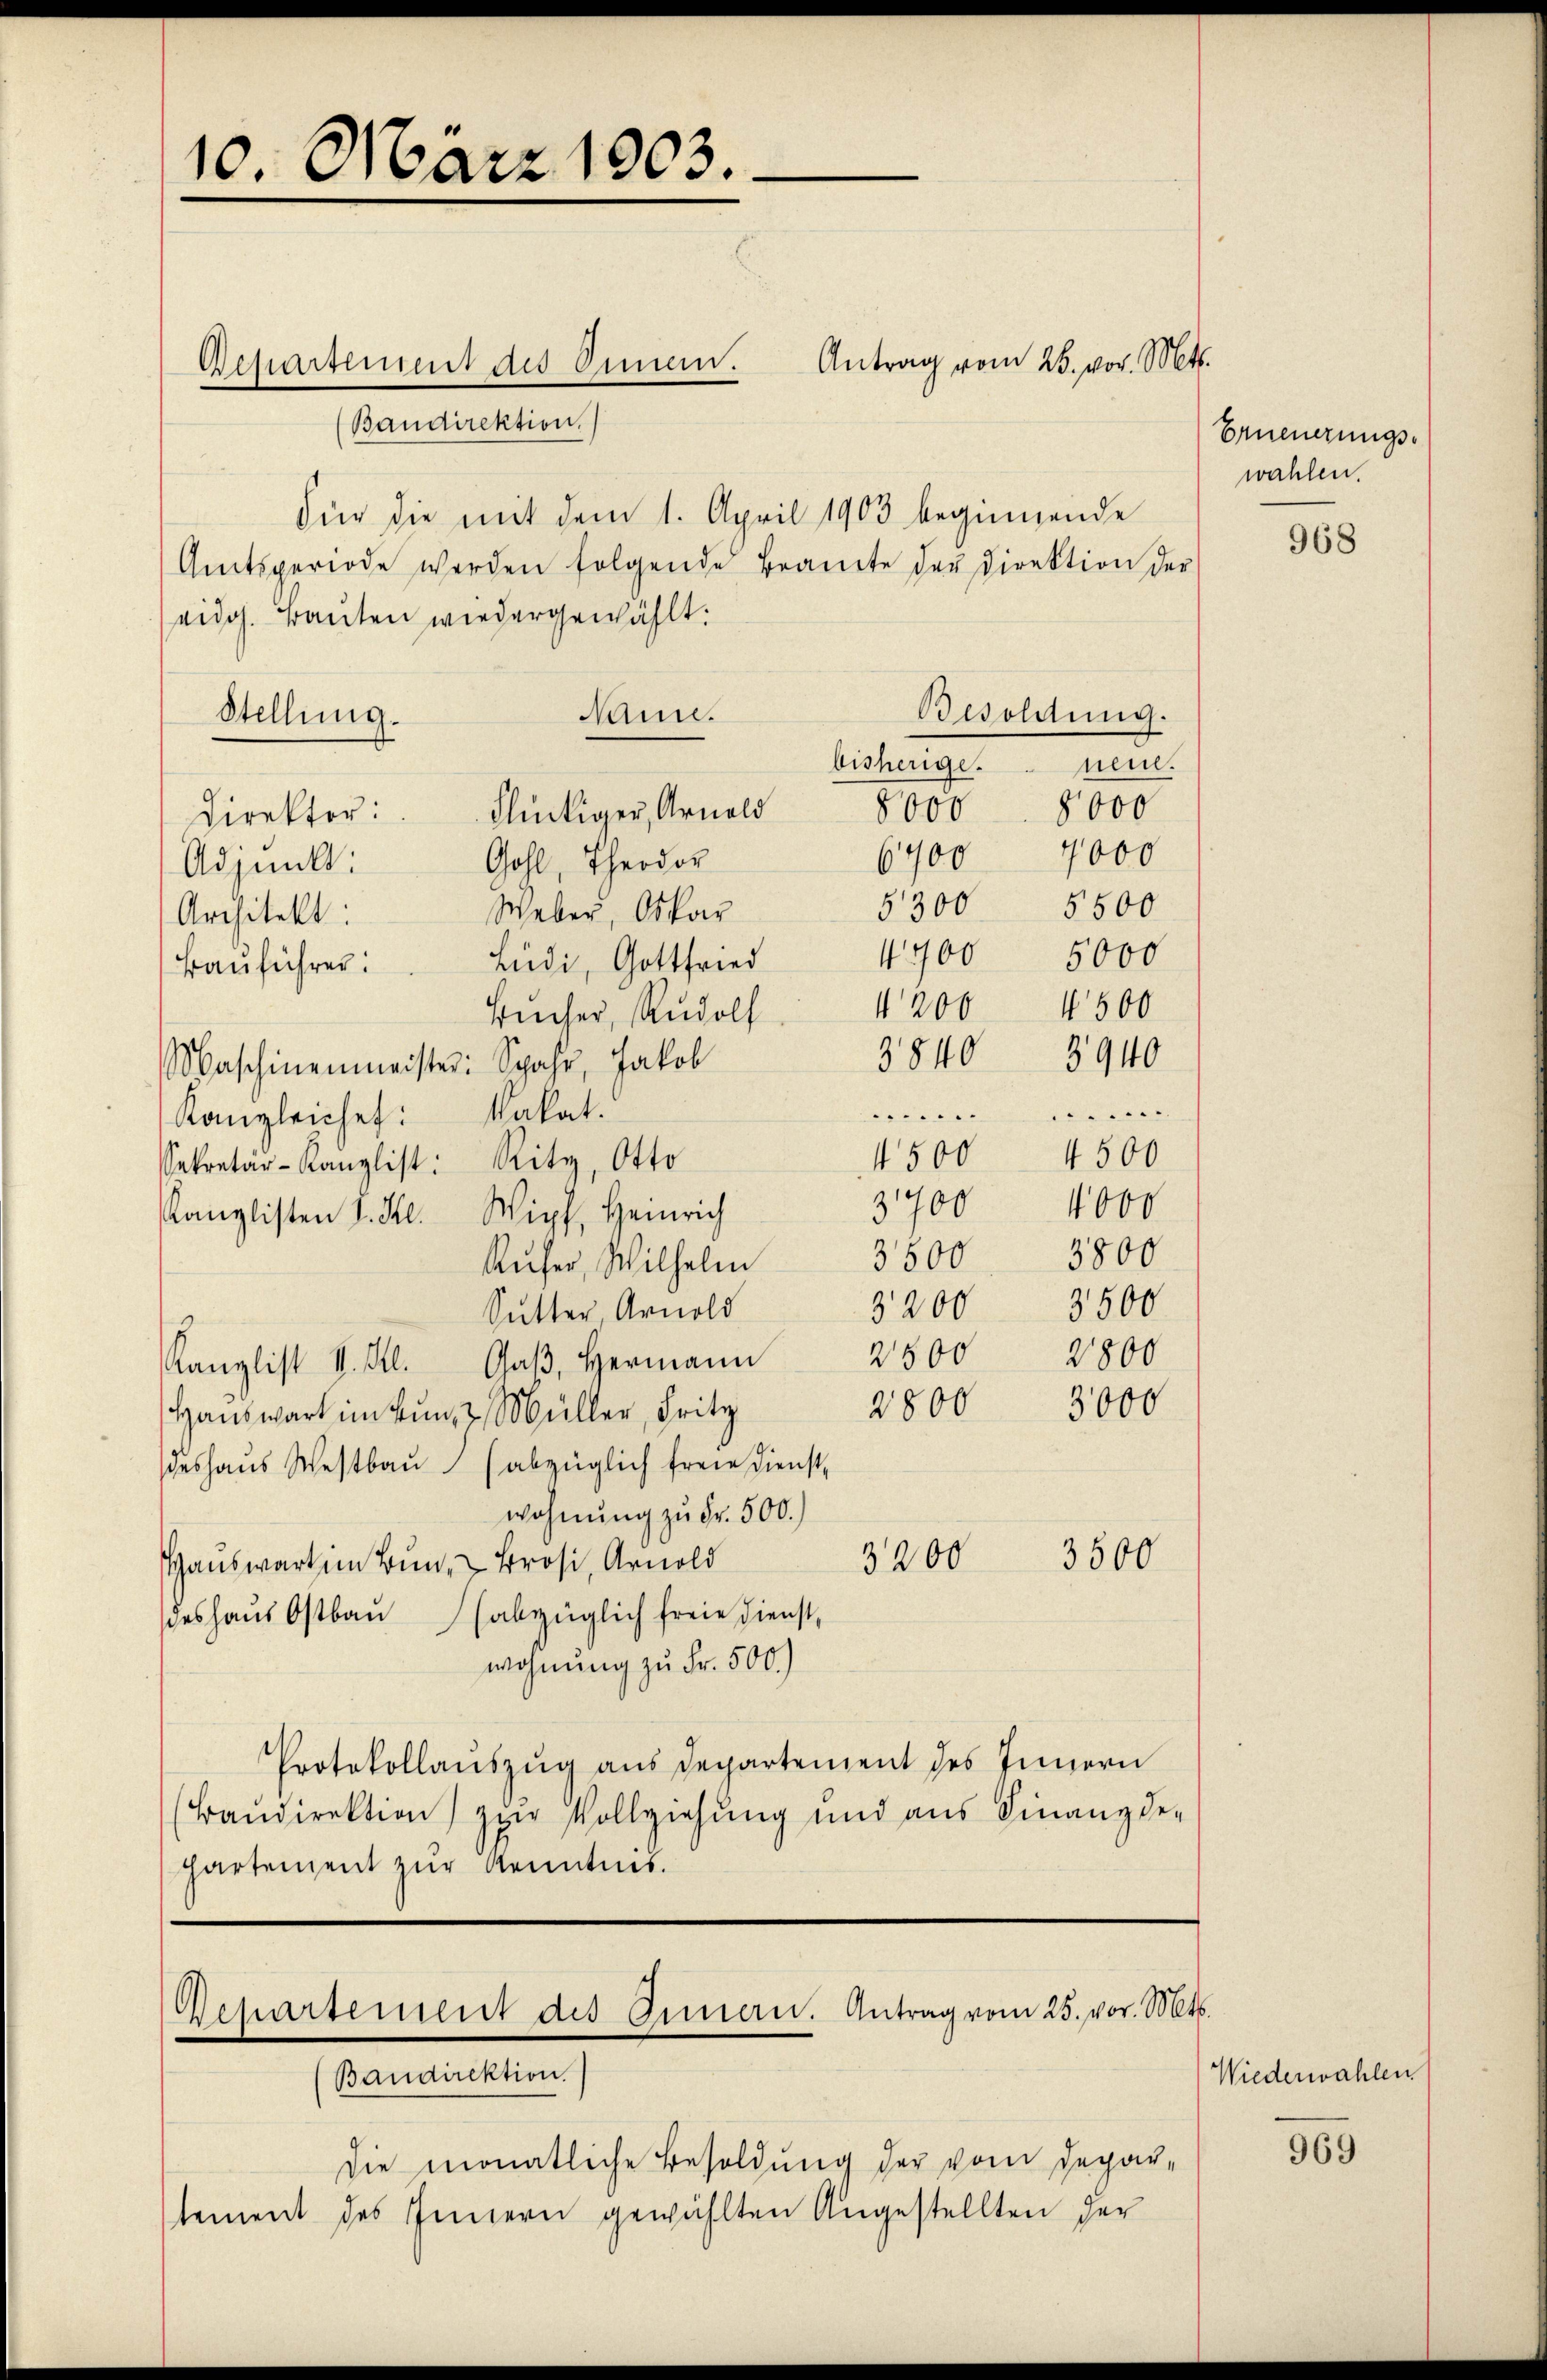
10. März 1903.

Bepartement des Omen.
Baudirektion.
Für die mit dem 1. April 1903 beginnende
Amtsperiode werden folgende Brante der Direktion der
eidg. Bauten wiedergewählt.
Nann.
Stellung.
bisherige. . neue.
Direktor: Flückiger, Arnold
6700 7000
Gohl, Theodor
Adjunkt:
Weber, Oskar
Architekt:
4700 5000
Ludi, Gottfried
Bauführer:
Bücher, Rudolf
Maschinenmeister: Spahr, Jakob
kakat.
 20 xx des der
Kanzleichet:
4500 4500
Sekretär-Kanzlist: Ritz, Otto
3700
Kanzlisten I. Kl. Wipf, Heinrich
Rufer, Wilhelm
3200 3500
Sutter Arnold
Kanzlist V. Sl. Gaβ, Hermann
Hauswart im Kunz Müller, Fritz
deshaus Westbaŭ (abzüglich freie Dienst-
wohnung zu Fr. 500.)
3500
3200
Hauswart im Bund, Brosi, Arnold
deshaus Ostbau abzüglich freie Dienst,
wohnung zu Fr. 500.)
Protokollauszug aus Departement des Innern
Baudirektion zur Vollziehung und aus Finanzde-
hartement zur Kenntnis.

Antrag vom 26. vor. Mts.

Besoldung.
8000. 8000
5300 5500
4200 4500
3840 3940
4000
3500 3800
2500 2800
2800 3000

Die monatliche Besoldung der vom Departement des Innern gewählten Angestellten der

Erneuerungswahlen.

Departement des Innern. Antrag vom 25. vor. Mts.
Baudirektion.

968

Wiederwahlen

969